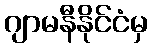
ဂျာမနီနိုင်ငံမှ